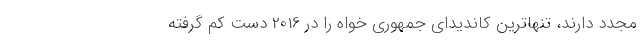
مجدد دارند، تنهاترین کاندیدای جمهوری خواه را در 2016 دست کم گرفته